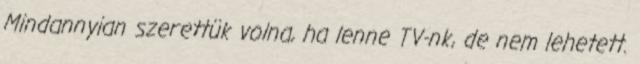
Mindannyian szerettük volna, ha lenne TV-nk, de nem lehetett.